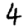
Digit: 4